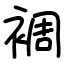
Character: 裯